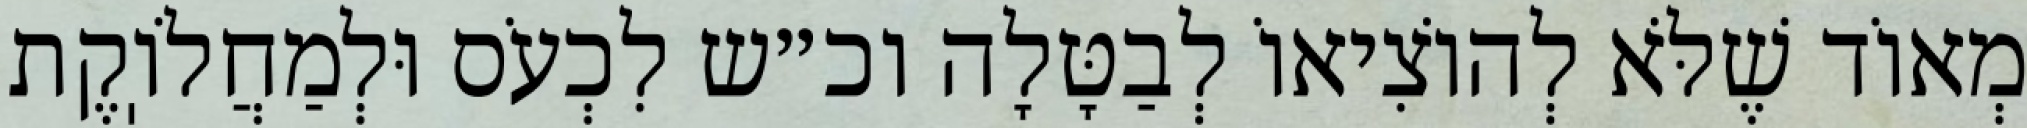
מְאוֹד שֶׁלֹּא לְהוֹצִיאוֹ לְבַטָּלָה וכ״ש לִכְעֹס וּלְמַחֲלֹוֽקֶת